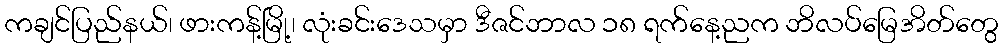
ကချင်ပြည်နယ်၊ ဖားကန့်မြို့၊ လုံးခင်းဒေသမှာ ဒီဇင်ဘာလ ၁၈ ရက်နေ့ညက ဘိလပ်မြေအိတ်တွေ